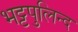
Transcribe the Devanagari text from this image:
भट्टपुलिन्द